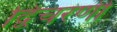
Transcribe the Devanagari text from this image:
द्विचरणी